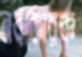
নবকোরক